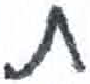
אות: ת